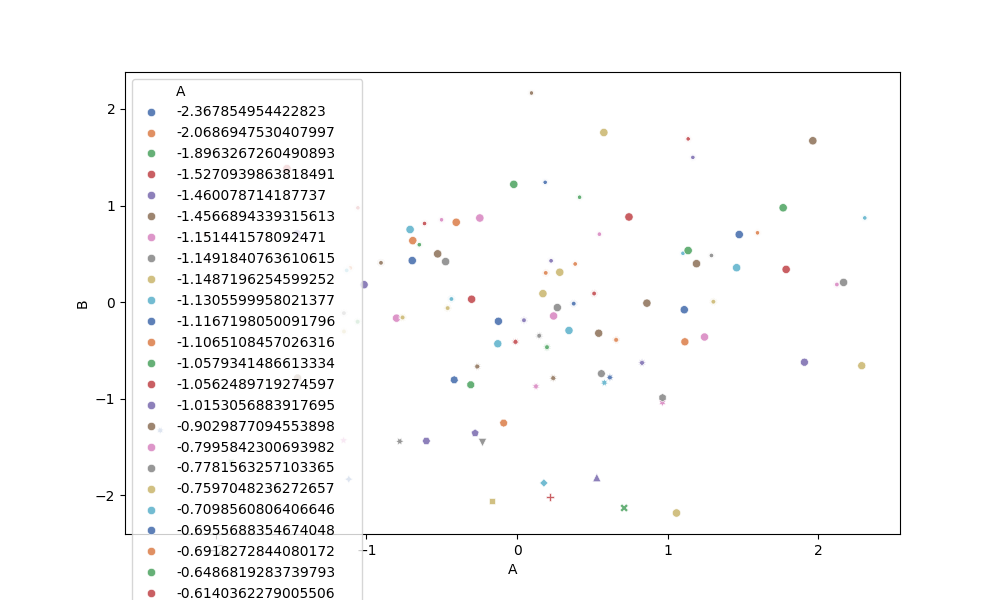
python, seaborn, scatterplot, hue='A', style='B', size='None', palette='deep', alpha=0.9